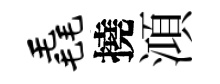
毳撓澒